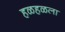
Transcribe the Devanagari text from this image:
हळहळला